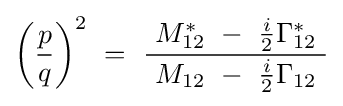
\left({\frac {p}{q}}\right)^{2}\ =\ {\frac {\ M_{12}^{*}\ -\ {\tfrac {i}{2}}\Gamma _{12}^{*}\ }{\ M_{12}\ -\ {\tfrac {i}{2}}\Gamma _{12}\ }}